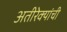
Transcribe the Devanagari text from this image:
अतीरेक्यांची